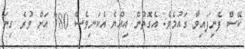
ކޭސް ފެނިފައިވާ ގައުމެވެ. އެގޮތުން އިއްޔެ އެކަނިވެސް 780 އަށް ވުރެ ގިނަ